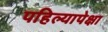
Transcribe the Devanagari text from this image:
पहिल्यापेक्षा